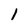
Character: 1